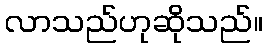
လာသည်ဟုဆိုသည်။